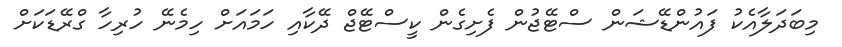
މިބަދަލާއެކު ފައުންޑޭޝަން ސްޓޭޖުން ފެށިގެން ކީސްޓޭޖް ދޭކާއި ހަމައަށް ހިމެނޭ ހުރިހާ ގްރޭޑަކަށް